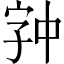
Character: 𫡉